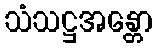
သံသဋ္ဌအန္တော